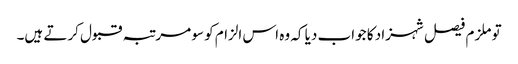
تو ملزم فیصل شہزاد کا جواب دیا کہ وہ اس الزام کو سو مرتبہ قبول کرتے ہیں۔